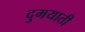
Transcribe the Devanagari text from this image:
दुमयाती